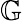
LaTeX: \mathbb{G}